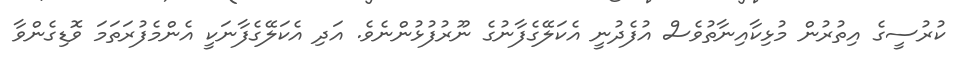
ކުރުސީގެ އިތުރުން މުޅިކާއިނާތުވެސް އުފެދުނީ އެކަލޭގެފާނުގެ ނޫރުފުޅުންނެވެ. އަދި އެކަލޭގެފާނަކީ އެންމެފުރަތަމަ ވޮޑިގެންވާ